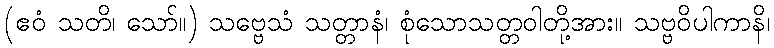
(ဧဝံ သတိ၊ သော်။) သဗ္ဗေသံ သတ္တာနံ၊ စုံသောသတ္တဝါတို့အား။ သဗ္ဗဝိပါကာနိ၊